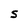
Character: S